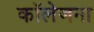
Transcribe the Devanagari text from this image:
कॉलेजना